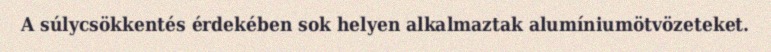
A súlycsökkentés érdekében sok helyen alkalmaztak alumíniumötvözeteket.